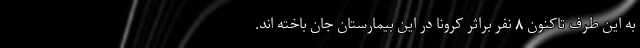
به این طرف تاکنون ۸ نفر براثر کرونا در این بیمارستان جان باخته اند.